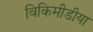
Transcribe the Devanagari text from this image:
विकिमीडीया